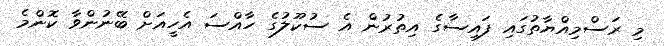
މި ރަސްމިއްޔާތުގައި ފައިސާގެ އިތުރުން އެ ސުކޫލުގެ ހާއްސަ އެހީއަށް ބޭނުންވާ ކޮންމެ